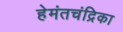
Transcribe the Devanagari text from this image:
हेमंतचंद्रिका